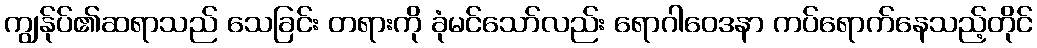
ကျွန်ုပ်၏ဆရာသည် သေခြင်း တရားကို ခုံမင်သော်လည်း ရောဂါဝေဒနာ ကပ်ရောက်နေသည့်တိုင်